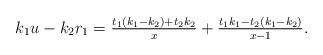
LaTeX: \begin{align*} k_1u-k_2r_1 =\tfrac{t_1(k_1-k_2)+t_2k_2}{x}+\tfrac{t_1k_1-t_2(k_1-k_2)}{x-1}.\end{align*}